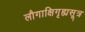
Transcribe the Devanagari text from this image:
लौगाक्षिगृह्यसूत्र